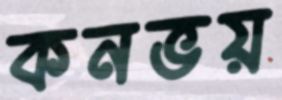
কনভয়